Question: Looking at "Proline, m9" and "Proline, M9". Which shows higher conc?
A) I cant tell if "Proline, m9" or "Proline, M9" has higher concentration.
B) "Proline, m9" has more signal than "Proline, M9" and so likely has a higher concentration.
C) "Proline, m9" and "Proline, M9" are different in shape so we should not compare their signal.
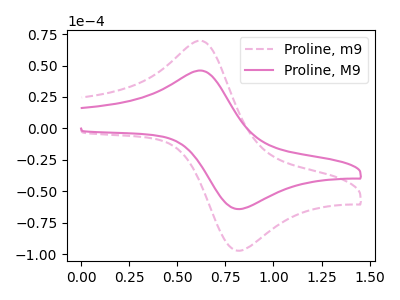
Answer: <think>The pink dashed curve "Proline, m9" has an anodic peak at (0.65V, 69.10uA) and a cathodic peak at (0.85V, -97.30uA). The pink curve "Proline, M9" has an anodic peak at (0.65V, 45.60uA) and a cathodic peak at (0.85V, -64.20uA).
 All the peaks in "Proline, m9" have a peak in "Proline, M9" at the same potential. Every peak in "Proline, m9" is higher than every peak in "Proline, M9".</think>
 <answer>B) "Proline, m9" has more signal than "Proline, M9" and so likely has a higher concentration.</answer>
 <eval>B</eval>